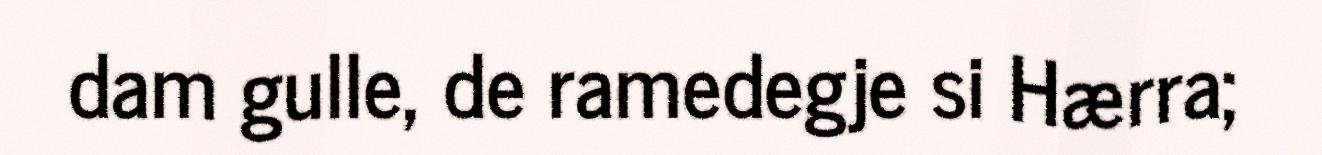
dam gulle, de ramedegje si Hærra;